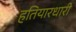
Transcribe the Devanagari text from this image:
हतियारधारी